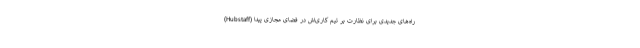
(Hubstaff) راه‌های جدیدی برای نظارت بر تیم کاری‌اش در فضای مجازی پیدا